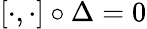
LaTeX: [\cdot,\cdot]\circ\Delta=0